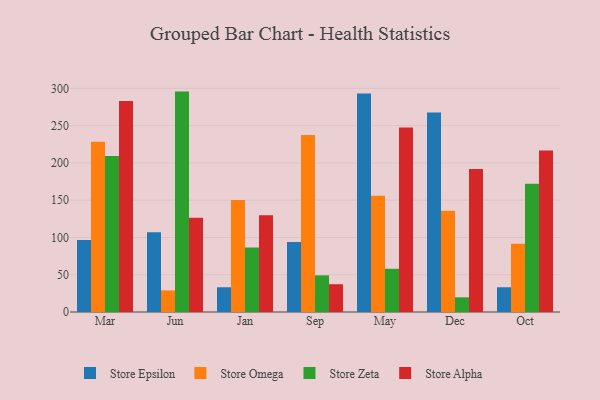
{"axis": {"x": "Month", "y": "Customer Acquisition Cost (USD)"}, "legend": ["Store Alpha", "Store Epsilon", "Store Omega", "Store Zeta"], "data": [{"x": "Mar", "y": 96.7, "type": "Store Epsilon"}, {"x": "Mar", "y": 228.5, "type": "Store Omega"}, {"x": "Mar", "y": 209.3, "type": "Store Zeta"}, {"x": "Mar", "y": 283.2, "type": "Store Alpha"}, {"x": "Jun", "y": 106.9, "type": "Store Epsilon"}, {"x": "Jun", "y": 29.0, "type": "Store Omega"}, {"x": "Jun", "y": 295.7, "type": "Store Zeta"}, {"x": "Jun", "y": 126.6, "type": "Store Alpha"}, {"x": "Jan", "y": 33.2, "type": "Store Epsilon"}, {"x": "Jan", "y": 150.2, "type": "Store Omega"}, {"x": "Jan", "y": 86.7, "type": "Store Zeta"}, {"x": "Jan", "y": 129.7, "type": "Store Alpha"}, {"x": "Sep", "y": 93.8, "type": "Store Epsilon"}, {"x": "Sep", "y": 237.6, "type": "Store Omega"}, {"x": "Sep", "y": 49.2, "type": "Store Zeta"}, {"x": "Sep", "y": 37.3, "type": "Store Alpha"}, {"x": "May", "y": 293.2, "type": "Store Epsilon"}, {"x": "May", "y": 156.1, "type": "Store Omega"}, {"x": "May", "y": 58.0, "type": "Store Zeta"}, {"x": "May", "y": 247.6, "type": "Store Alpha"}, {"x": "Dec", "y": 267.6, "type": "Store Epsilon"}, {"x": "Dec", "y": 135.7, "type": "Store Omega"}, {"x": "Dec", "y": 19.7, "type": "Store Zeta"}, {"x": "Dec", "y": 191.7, "type": "Store Alpha"}, {"x": "Oct", "y": 33.2, "type": "Store Epsilon"}, {"x": "Oct", "y": 91.7, "type": "Store Omega"}, {"x": "Oct", "y": 172.0, "type": "Store Zeta"}, {"x": "Oct", "y": 216.7, "type": "Store Alpha"}]}